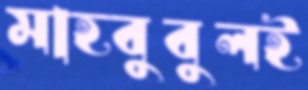
মাহবুবুলই